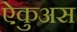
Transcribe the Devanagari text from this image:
ऐकुअस